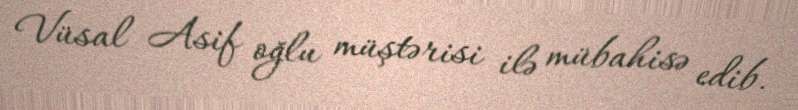
Vüsal Asif oğlu müştərisi ilə mübahisə edib.